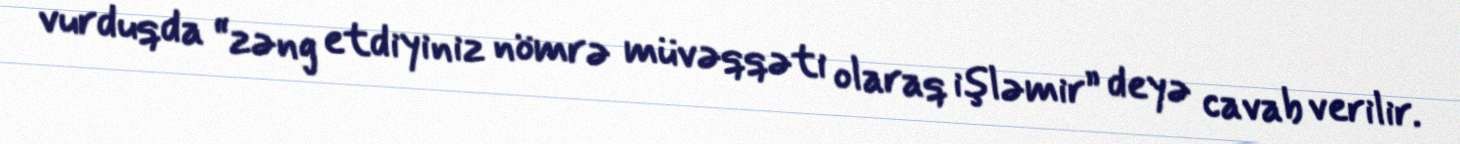
vurduqda “zəng etdiyiniz nömrə müvəqqəti olaraq işləmir” deyə cavab verilir.